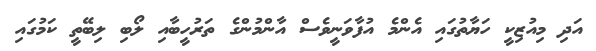
އަދި މިއުޒިކީ ހަޔާތުގައި އެންމެ އުފާވަނީވެސް އާންމުންގެ ތަރުހީބާއި ލޯބި ލިބޭތީ ކަމުގައި